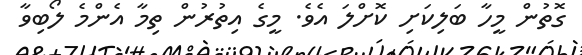
ގޮތުން މީހާ ބަލިކަށި ކޮށްލަ އެވެ. މީގެ އިތުރުން ތިމާ އެންމެ ލޯބިވާ